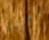
بطردي